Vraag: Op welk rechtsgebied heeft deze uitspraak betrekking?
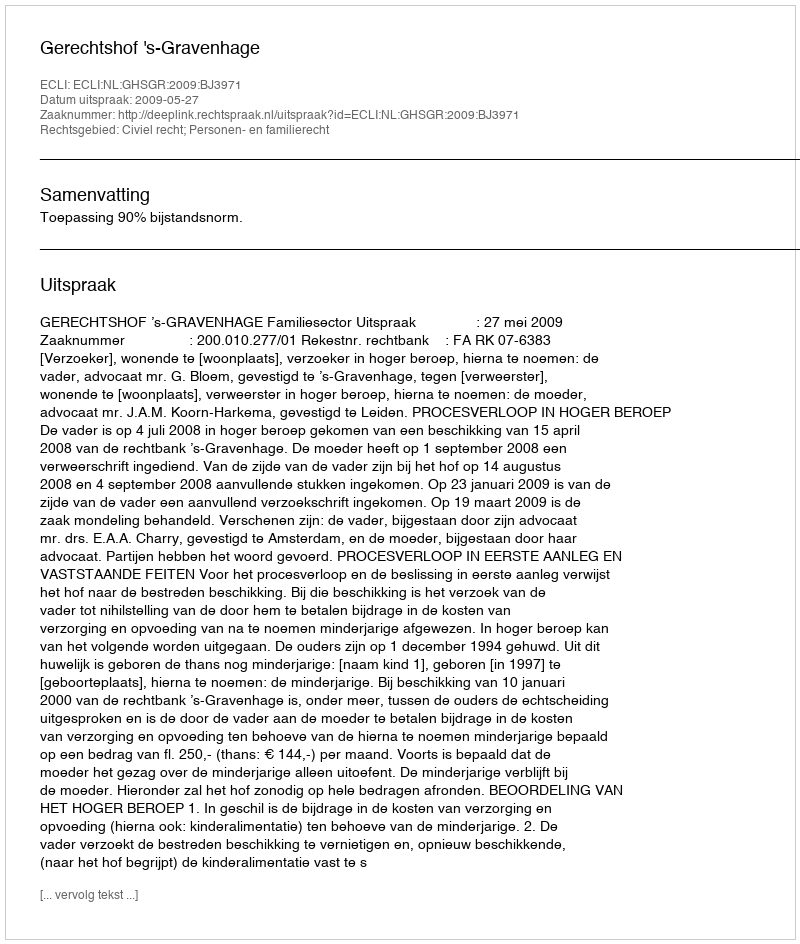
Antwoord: Civiel recht; Personen- en familierecht